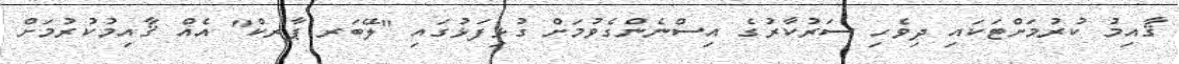
ޤާއިމު ކުރުމަށްޓަކައި ދިވެހި ސަރުކާރުގެ އިސްނެންގެވުމަށް ގުޅިފަޅުގައި "ލޭބަރ ޕާރކް" އެއް ޤާއިމުކުރުމަށް